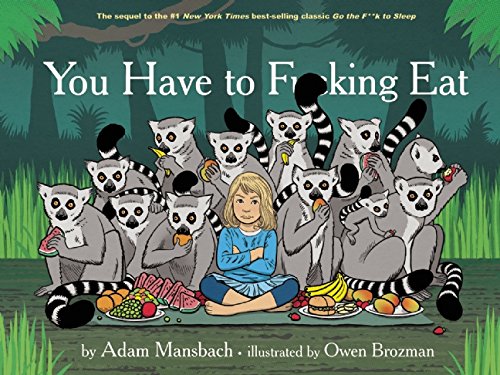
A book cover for You Have to F*****g Eat; Adam Mansbach; Humor & Entertainment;